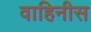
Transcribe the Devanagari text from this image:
वाहिनीस